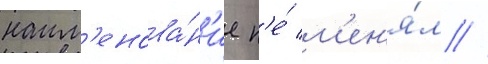
наим'енова́н'ие н'е́ м'ен'я́л //